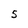
Character: 5